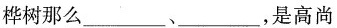
桦树那么___、___，是高尚